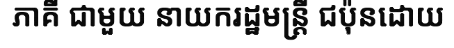
ភាគី ជាមួយ នាយករដ្ឋមន្ត្រី ជប៉ុនដោយ